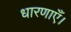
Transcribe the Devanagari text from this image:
धारणाएँ।